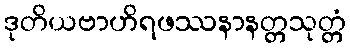
ဒုတိယဗာဟိရဖဿနာနတ္တသုတ္တံ